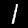
Digit: 1